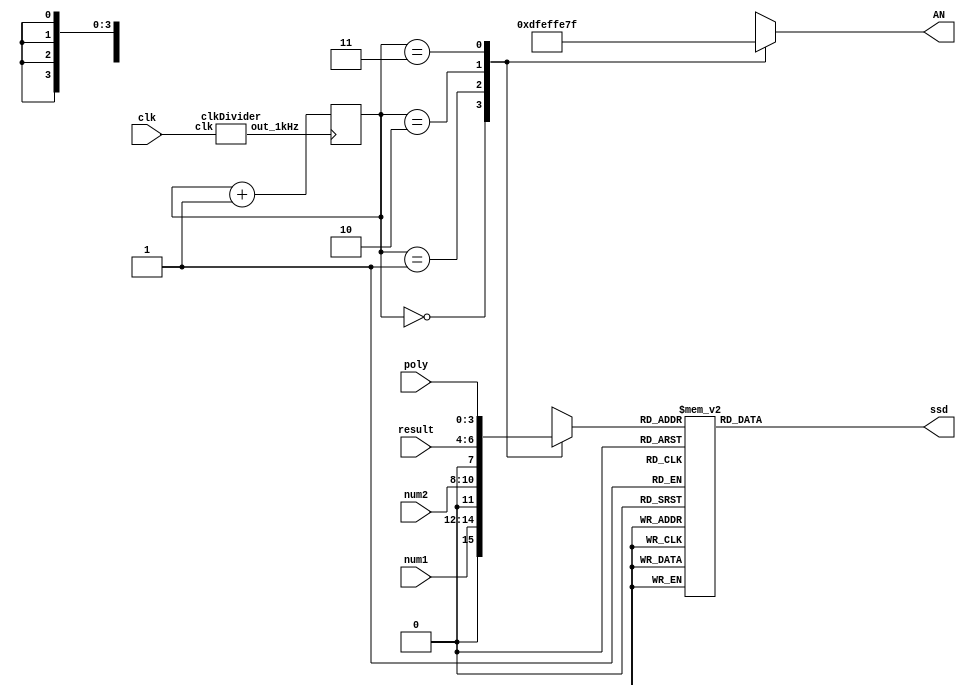
`timescale 1ns / 1ps
//1kHz clkDivider

module SSD_Ctrl(
    input clk,
    input[2:0] num1,
    input[2:0] num2,
    input[2:0] result,
    input[3:0] poly,
    output reg [6:0] ssd,
    output reg [7:0] AN);
    
    reg[1:0] select;
    reg[3:0] digit;
    wire out_1kHz;
    clkDivider CD1kHz(.clk(clk), .out_1kHz(out_1kHz));
    
        //1 kHz SSD Toggle
    always@(posedge out_1kHz)
    begin
        select <= select + 1;
    end
    
    //SSD Multiplexing. Switch between SSDSs and digit values @ 1kHz clock toggle in select
    always@(*)
    case(select)
    3'b00:
        begin
        digit <= {1'b0, num1};
        AN <= 8'b11011111;
    end
    
    3'b01:
    begin
        digit <= {1'b0, num2};
        AN <= 8'b11101111;
    end
    
    3'b10:
    begin
        digit <= {result};
        AN <= 8'b11111110;
    end
    
    3'b11:
    begin
        digit <= poly;
        AN <= 8'b01111111;
    end
    
    default:
    begin
        digit <= 0;
        AN <= 8'b11111111;
    end
    endcase
    
    //Segment Decoding
    always @(*)
    case (digit)
      4'b0000: ssd <= 7'b0000001;
      4'b0001: ssd <= 7'b1001111;
      4'b0010: ssd <= 7'b0010010;
      4'b0011: ssd <= 7'b0000110;
      4'b0100: ssd <= 7'b1001100;
      4'b0101: ssd <= 7'b0100100;
      4'b0110: ssd <= 7'b0100000;
      4'b0111: ssd <= 7'b0001111;
      4'b1000: ssd <= 7'b0000000;
      4'b1001: ssd <= 7'b0000100;
      4'b1010: ssd <= 7'b0001000;
      4'b1011: ssd <= 7'b1100000;
      4'b1100: ssd <= 7'b0110001;
      4'b1101: ssd <= 7'b1000010;
      4'b1110: ssd <= 7'b0110000;
      4'b1111: ssd <= 7'b0111000;
endcase   

endmodule
    
module clkDivider(
    input clk,
    output reg out_1kHz
    );
        //1 khz clock divider 
    reg [16:0] count_reg = 0;
    always @(posedge clk) begin
     begin
        if (count_reg < 100000) 
        begin
            count_reg <= count_reg + 1;
        end 
        else begin
            count_reg <= 0;
            out_1kHz <= ~out_1kHz;
            end	
        end
    end
endmodule

//1 Hz clk Divider
module clkDivider2(
    input clk,
    output reg outSig
    );
        //1 khz clock divider 
    reg [27:0] count_reg = 0;
    always @(posedge clk) begin
     begin
        if (count_reg < 50000000) 
        begin
            count_reg <= count_reg + 1;
        end 
        else begin
            count_reg <= 0;
            outSig <= ~outSig;
            end	
        end
    end
endmodule

module Debouncer(
    input clk, sigIn,
    output sigOut
);
    wire q;
    dff_resetless r1(.clk(clk), .data(sigIn), .q(q));
    assign sigOut = sigIn & !q;
endmodule

module dff_resetless(
    input clk,
    input data, 
    output reg q
);
    always@(posedge clk)
    begin
        q <= data;
    end
endmodule